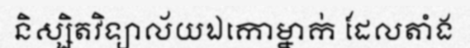
និស្សិតវិទ្យាល័យឯកោម្នាក់ ដែលតាំង